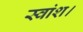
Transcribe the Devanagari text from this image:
स्वांश।